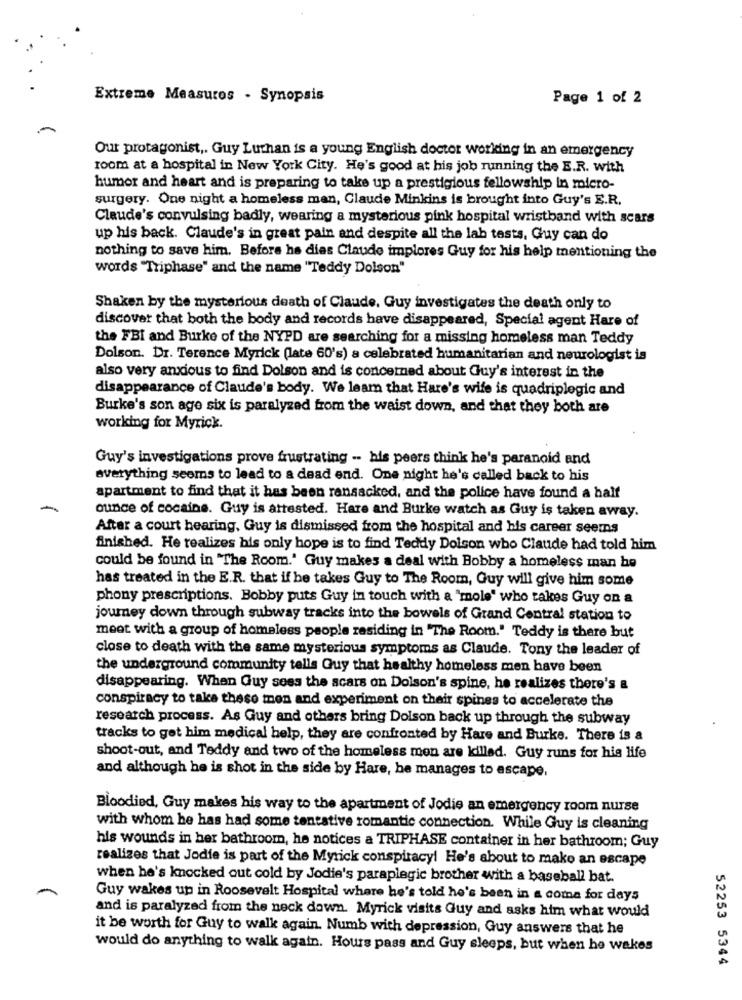
Extreme Measuros - Synopsis
Page 1 of 2
Our protagonist ,. Guy Luthan is a young English doctor working in an emergency
room at a hospital in New York City. He's good at his job running the E.R. with
humor and heart and is preparing to take up a prestigious fellowship in micro-
surgery. One night a homeless man, Claude Minkins is brought into Guy's E.R.
Claude's convulsing badly, wearing a mysterious pink hospital wristband with scars
up his back. Claude's in great pain and despite all the lab tests, Guy can do
nothing to save him. Before he dies Claude implores Guy for his help mentioning the
words "Triphase" and the name "Teddy Dolson"
Shaken by the mysterious death of Claude. Guy investigates the death only to
discover that both the body and records have disappeared, Special agent Hare of
the FBI and Burke of the NYPD are searching for a missing homeless man Teddy
Dolson. Dr. Terence Myrick (late 60's) a celebrated humanitarian and neurologist is
also very anxious to find Dolson and is concerned about Guy's interest in the
disappearance of Claude's body. We leam that Hare's wife is quadriplegic and
Burke's son age six is paralyzed from the waist down, and that they both are
working for Myrick.
Guy's investigations prove frustrating -. his peers think he's paranoid and
everything seems to lead to a dead end. One night he's called back to his
apartment to find that it has been ransacked, and the police have found a half
-
ounce of cocaine. Guy is attested. Hare and Burke watch as Guy is taken away.
After a court hearing, Guy is dismissed from the hospital and his career seems
finished. He realizes bis only hope is to find Teddy Dolson who Claude had told him
could be found in "The Room." Guy makes a deal with Bobby a homeless man he
has treated in the E.R. that if he takes Guy to The Room, Guy will give him some
phony prescriptions. Bobby puts Guy in touch with a "mole' who takes Guy on a
journey down through subway tracks into the bowels of Grand Central station to
meet with a group of homeless people residing in "The Room." Teddy is there but
close to death with the same mysterious symptoms as Claude. Tony the leader of
the underground community tells Guy that healthy homeless men have been
disappearing. When Guy sees the scars on Dolson's spine, he realizes there's a
conspiracy to take these men and experiment on their spines to accelerate the
research process. As Guy and others bring Dolson back up through the subway
tracks to get him medical help, they are confronted by Hare and Burke. There is a
shoot-out, and Teddy and two of the homeless mon are killed. Guy runs for his life
and although he is shot in the side by Hare, he manages to escape,
Bloodied, Guy makes his way to the apartment of Jodie an emergency room nurse
with whom he has had some tentative romantic connection. While Guy is cleaning
his wounds in her bathroom, he notices a TRIPHASE container in her bathroom; Guy
realizes that Jodie is part of the Myrick conspiracy! He's about to make an escape
when he's knocked out cold by Jodie's paraplegic brother with a baseball bat.
Guy wakes up in Roosevelt Hospital where he's told he's been in a coma for days
and is paralyzed from the neck down. Myrick visits Guy and asks him what would
it be worth for Guy to walk again. Numb with depression, Guy answers that he
would do anything to walk again. Hours pass and Guy sleeps, but when he wakes
52253 5344